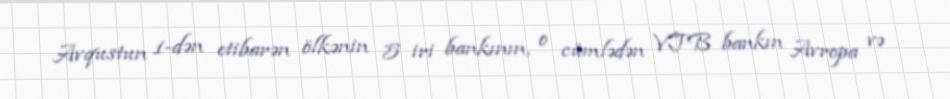
Avqustun 1-dən etibarən ölkənin 5 iri bankının, o cümlədən VTB bankın Avropa və